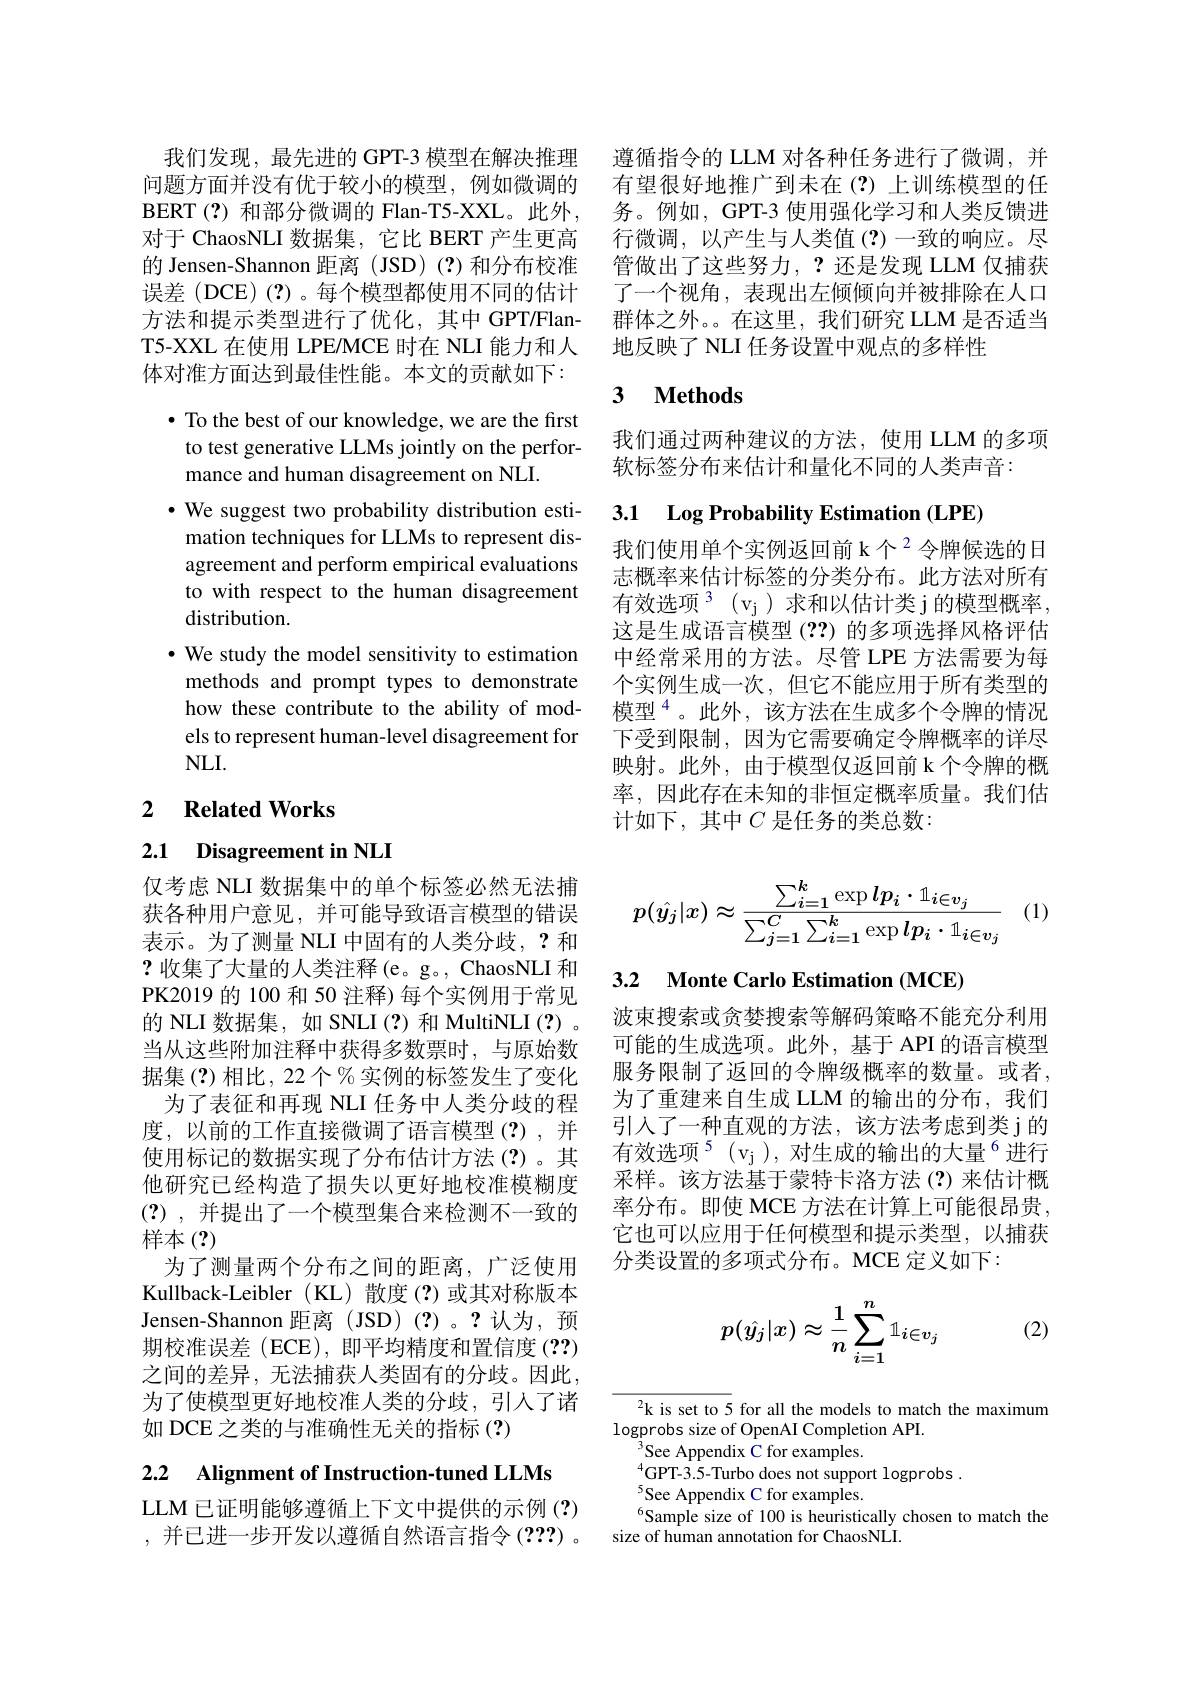
误差(DCE)(?)。每个模型都使用不同的估计方法和提示类型进行了优化，其中 GPT/Flan体对准方面达到最佳性能。本文的贡献如下：

$\bullet$ To the best of our knowledge, we are the first to test generative LLMs jointly on the performance and human disagreement on NLI.
$\cdot$ We suggest two probability distribution estimation techniques for LLMs to represent disagreement and perform empirical evaluations to with respect to the human disagreement distribution.
$•$ We study the model sensitivity to estimation methods and prompt types to demonstrate how these contribute to the ability of models to represent human-level disagreement for NLI.

### 2 $\textbf{Related Works}$

## 2.1 Disagreement in NLI

仅考虑 NLI 数据集中的单个标签必然无法捕获各种用户意见，并可能导致语言模型的错误表示。为了测量 NLI 中固有的人类分歧，?和?收集了大量的人类注释(e。g。, ChaosNLI 和PK2019 的 100 和 50 注释) 每个实例用于常见的 NLI 数据集，如 SNLI(?) 和 MultiNLI(?) 。当从这些附加注释中获得多数票时，与原始数据集(?)相比，22个%实例的标签发生了变化
为了表征和再现 NLI 任务中人类分歧的程度，以前的工作直接微调了语言模型(?),并使用标记的数据实现了分布估计方法(?)。其他研究已经构造了损失以更好地校准模糊度(?),并提出了一个模型集合来检测不一致的样本(?)
为了测量两个分布之间的距离，广泛使用Kullback-Leibler (KL) 散度(?)或其对称版本Jensen-Shannon 距离(JSD)(?)。?认为，预期校准误差 (ECE), 即平均精度和置信度 (??) 之间的差异，无法捕获人类固有的分歧。因此， 为了使模型更好地校准人类的分歧，引入了诸如 DCE 之类的与准确性无关的指标 (?)

2.2 Alignment of Instruction-tuned LLMs

LLM 已证明能够遵循上下文中提供的示例 (?) ,并已进一步开发以遵循自然语言指令(???)。

我们发现，最先进的 GPT-3 模型在解决推理 遵循指令的 LLM 对各种任务进行了微调，并问题方面并没有优于较小的模型，例如微调的 有望很好地推广到未在(?)上训练模型的任BERT(?)和部分微调的 Flan-T5-XXL。此外，务。例如，GPT-3 使用强化学习和人类反馈进对于 ChaosNLI 数据集，它比 BERT 产生更高 行微调，以产生与人类值 (?)一致的响应。尽的 Jensen-Shannon 距离 (JSD)(?)和分布校准 管做出了这些努力，? 还是发现 LLM 仅捕获
了一个视角，表现出左倾倾向并被排除在人口群体之外。。在这里，我们研究 LLM 是否适当
T5-XXL 在使用 LPEMCE 时在 NLI 能力和人 地反映了 NLI 任务设置中观点的多样性

### 3 $\textbf{Methods}$

我们通过两种建议的方法，使用 LLM 的多项
软标签分布来估计和量化不同的人类声音：

## 3.1 Log Probability Estimation (LPE)

我们使用单个实例返回前 k个$^{2}$令牌候选的日志概率来估计标签的分类分布。此方法对所有有效选项$^3$ $( v_j)$求和以估计类j的模型概率， 这是生成语言模型(??)的多项选择风格评估中经常采用的方法。尽管 LPE 方法需要为每个实例生成一次，但它不能应用于所有类型的模型$^{4}$。此外，该方法在生成多个令牌的情况下受到限制，因为它需要确定令牌概率的详尽映射。此外，由于模型仅返回前 k 个令牌的概率，因此存在未知的非恒定概率质量。我们估计如下，其中$C$ 是任务的类总数：
$$p(\hat{y_j}|x)\approx\frac{\sum_{i=1}^k\exp lp_i\cdot1_{i\in v_j}}{\sum_{j=1}^C\sum_{i=1}^k\exp lp_i\cdot1_{i\in v_j}}$$
(1)

## 3.2 Monte Carlo Estimation (MCE)

波束搜索或贪婪搜索等解码策略不能充分利用可能的生成选项。此外，基于 API 的语言模型服务限制了返回的令牌级概率的数量。或者， 为了重建来自生成 LLM 的输出的分布，我们引入了一种直观的方法，该方法考虑到类 j 的有效选项$^{5}( v_j) $,对生成的输出的大量$^{6}$进行采样。该方法基于蒙特卡洛方法(?)来估计概率分布。即使 MCE 方法在计算上可能很昂贵， 它也可以应用于任何模型和提示类型，以捕获分类设置的多项式分布。MCE 定义如下：
$$p(\hat{y_j}|x)\approx\frac1n\sum_{i=1}^n\mathbb{1}_{i\in v_j}$$
(2)

$^{2}$k is set to 5 for all the models to match the maximum
logprobs size of OpenAI Completion API.
$^3$See Appendix C for examples.
$^{4}$GPT-3.5-Turbo does not support logprobs.
$^{5}$See Appendix C for examples.
$^{6}$Sample size of 100 is heuristically chosen to match the
size of human annotation for ChaosNLI